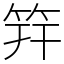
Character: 筓